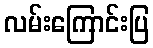
လမ်းကြောင်းပြ